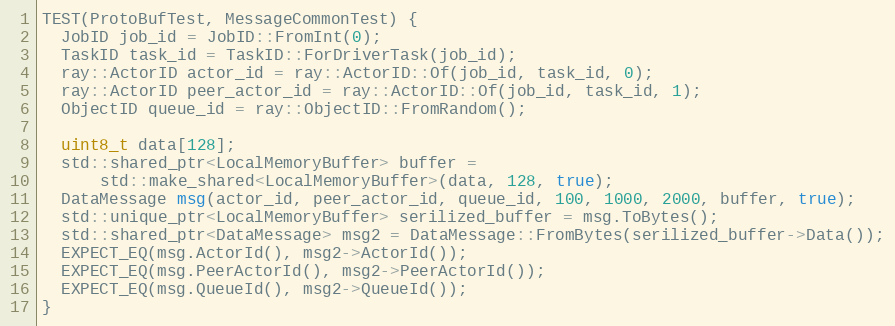
Language: C++
TEST(ProtoBufTest, MessageCommonTest) {
  JobID job_id = JobID::FromInt(0);
  TaskID task_id = TaskID::ForDriverTask(job_id);
  ray::ActorID actor_id = ray::ActorID::Of(job_id, task_id, 0);
  ray::ActorID peer_actor_id = ray::ActorID::Of(job_id, task_id, 1);
  ObjectID queue_id = ray::ObjectID::FromRandom();

  uint8_t data[128];
  std::shared_ptr<LocalMemoryBuffer> buffer =
      std::make_shared<LocalMemoryBuffer>(data, 128, true);
  DataMessage msg(actor_id, peer_actor_id, queue_id, 100, 1000, 2000, buffer, true);
  std::unique_ptr<LocalMemoryBuffer> serilized_buffer = msg.ToBytes();
  std::shared_ptr<DataMessage> msg2 = DataMessage::FromBytes(serilized_buffer->Data());
  EXPECT_EQ(msg.ActorId(), msg2->ActorId());
  EXPECT_EQ(msg.PeerActorId(), msg2->PeerActorId());
  EXPECT_EQ(msg.QueueId(), msg2->QueueId());
}